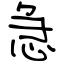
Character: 急